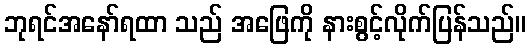
ဘုရင်အနော်ရထာ သည် အဖြေကို နားစွင့်လိုက်ပြန်သည်။